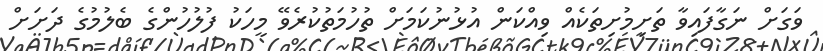
ވަގަށް ނަގާފައިވާ ތަށިމުށިތަކެއް ވިއްކަން އުޅުނުކަމަށް ތުހުމަތުކުރެވޭ މީހަކު ފުލުހުންގެ ބެލުމުގެ ދަށަށް